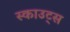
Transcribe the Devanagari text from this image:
स्‍काउट्स